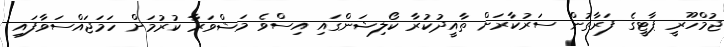
ޖުމްހޫރީ ޕާޓީގެ ފަރާތުން ސަރުކާރަށް ތާއީދުކުރާ ކޯލިޝަންގައި އިސްވެ މަޝްވަރާ ކުރުމަށް ހަމަޖައްސަވާފައި